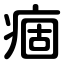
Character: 痼